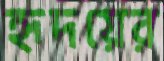
হৃদয়ের